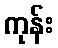
ကုန်း